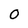
Character: 0